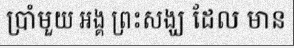
ប្រាំមួយ អង្គ ព្រះសង្ឃ ដែល មាន